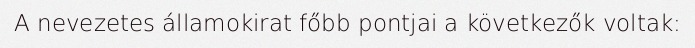
A nevezetes államokirat főbb pontjai a következők voltak: